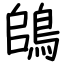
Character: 鴭